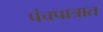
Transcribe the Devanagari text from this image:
पंचपात्रात